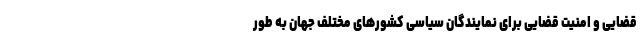
قضایی و امنیت قضایی برای نمایندگان سیاسی کشورهای مختلف جهان به طور